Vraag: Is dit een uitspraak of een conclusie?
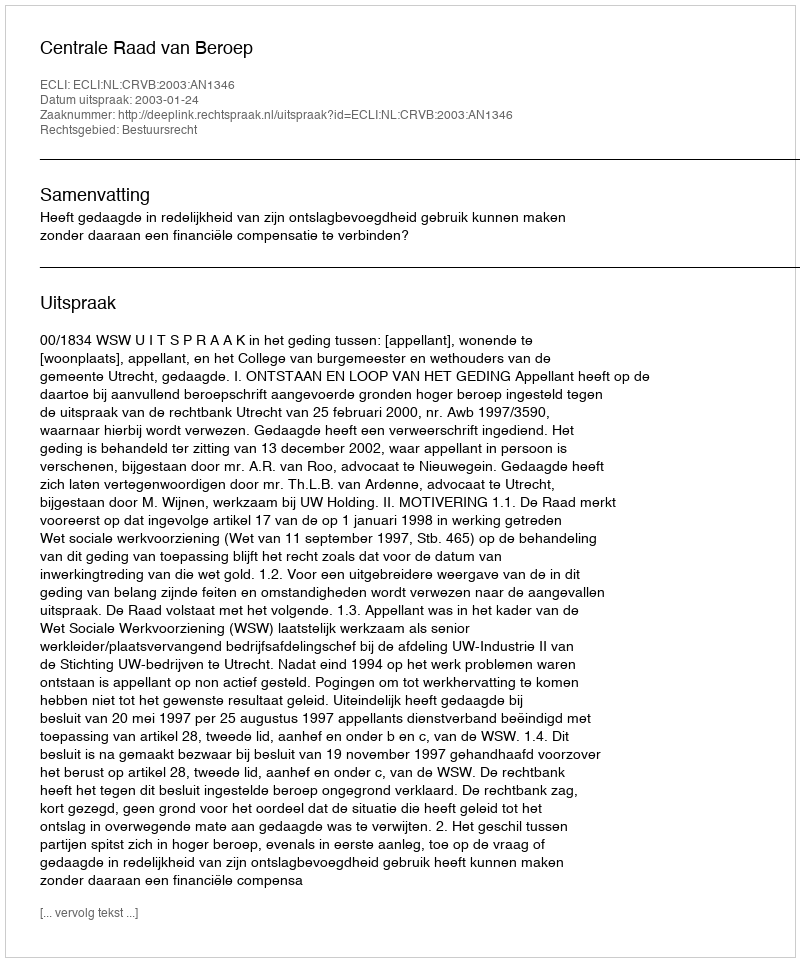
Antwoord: Uitspraak